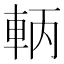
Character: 𨋣